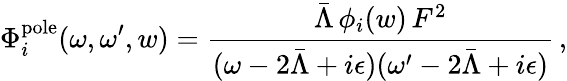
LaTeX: \Phi_{i}^{\mathrm{pole}}(\omega,\omega^{\prime},w)=\frac{\bar{\Lambda}\, \phi_{i}(w)\, F^{2}}{(\omega-2\bar{\Lambda}+i\epsilon)(\omega^{\prime}-2\bar{\Lambda}+i\epsilon)}\, ,